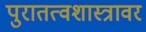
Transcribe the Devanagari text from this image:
पुरातत्वशास्त्रावर